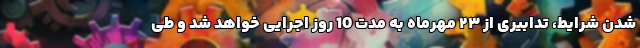
شدن شرایط، تدابیری از ۲۳ مهرماه به مدت 10 روز اجرایی خواهد شد و طی